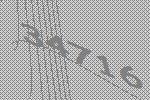
34716